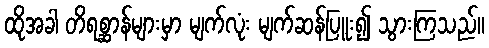
ထိုအခါ တိရစ္ဆာန်များမှာ မျက်လုံး မျက်ဆန်ပြူး၍ သွားကြသည်။